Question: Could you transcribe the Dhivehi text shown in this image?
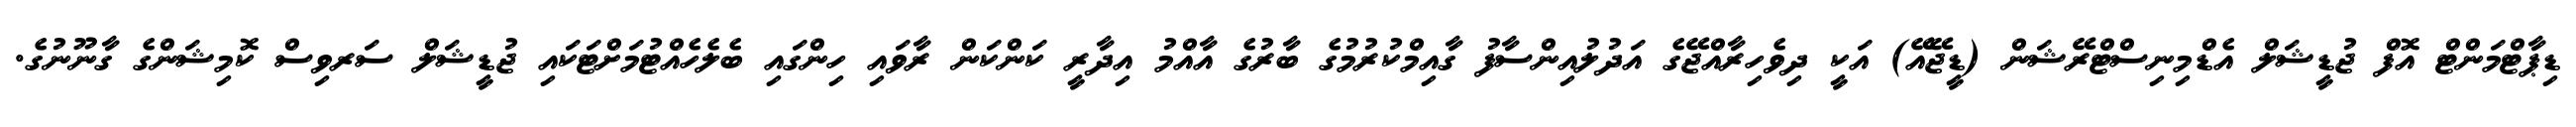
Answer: ޑިޕާޓްމަންޓް އޮފް ޖުޑީޝަލް އެޑްމިނިސްޓްރޭޝަން (ޑީޖޭއޭ) އަކީ ދިވެހިރާއްޖޭގެ އަދުލުއިންސާފު ގާއިމްކުރުމުގެ ބާރުގެ އާއްމު އިދާރީ ކަންކަން ރާވައި ހިންގައި ބެލެހެއްޓުމަށްޓަކައި ޖުޑީޝަލް ސަރވިސް ކޮމިޝަންގެ ގާނޫނުގެ.